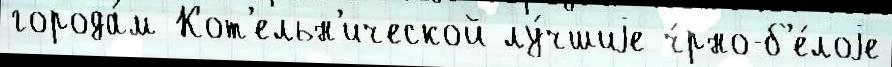
города́м Кот'ельн'ической лу́чшиjе ч́рно-б'е́лоjе